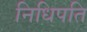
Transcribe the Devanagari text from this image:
निधिपति